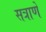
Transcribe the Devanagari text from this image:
सत्राणे